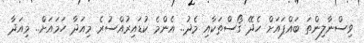
ވިސްނާލިންތަ ބައްޕައަށް ހެދޭ ގޯސްތަކާއި މެދު.. އެންމެ ކުޑައިރުއްސުރެ މިއަދާ ހަމައަށް.. މިއަދާ